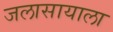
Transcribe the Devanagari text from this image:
जलासायाला